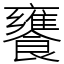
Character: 饔